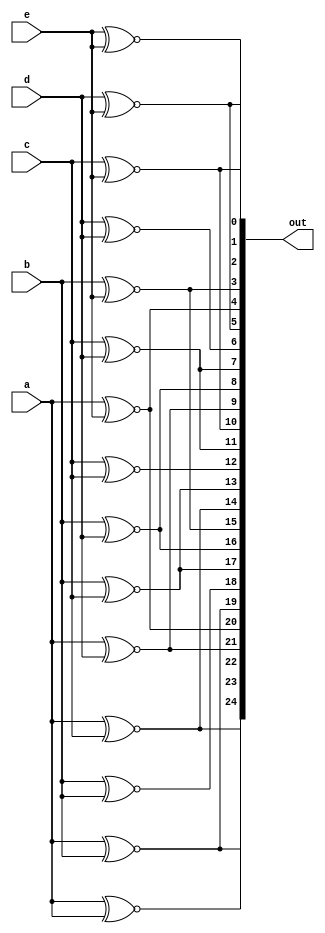
module top_module(
    input wire a,
    input wire b,
    input wire c,
    input wire d,
    input wire e,
    output wire [24:0] out
);

    // Pairwise comparison using XNOR to check for equality
    assign out = {
        a ~^ a, a ~^ b, a ~^ c, a ~^ d, a ~^ e, // (a with others)
        b ~^ a, b ~^ b, b ~^ c, b ~^ d, b ~^ e, // (b with others)
        c ~^ a, c ~^ b, c ~^ c, c ~^ d, c ~^ e, // (c with others)
        d ~^ a, d ~^ b, d ~^ c, d ~^ d, d ~^ e, // (d with others)
        e ~^ a, e ~^ b, e ~^ c, e ~^ d, e ~^ e  // (e with others)
    };

endmodule